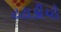
ટટાકીયો